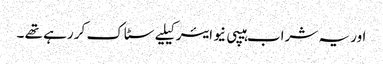
اور یہ شراب ہیپی نیو ایئر کیلیے سٹاک کر رہے تھے ۔